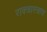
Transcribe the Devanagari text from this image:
राक्त्रास्त्राव